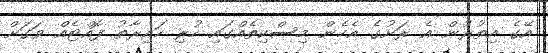
އޭގެ އިތުރުން އެ ރަށުގެ އެހެން މިސްކިތެއްގައި ހުރި ހައިރާތު ފޮއްޓެއް ވަގަށް